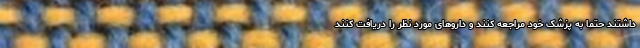
داشتند حتما به پزشک خود مراجعه کنند و داروهای مورد نظر را دریافت کنند